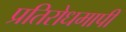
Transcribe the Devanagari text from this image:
प्रतिरोधमापी